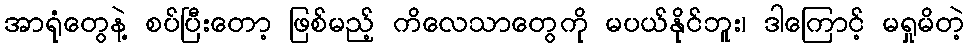
အာရုံတွေနဲ့ စပ်ပြီးတော့ ဖြစ်မည့် ကိလေသာတွေကို မပယ်နိုင်ဘူး၊ ဒါကြောင့် မရှုမိတဲ့